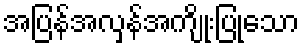
အပြန်အလှန်အကျိုးပြုသော